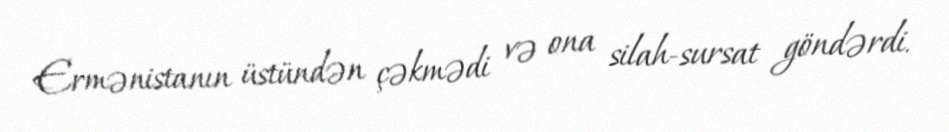
Ermənistanın üstündən çəkmədi və ona silah-sursat göndərdi.